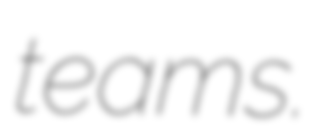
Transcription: teams.